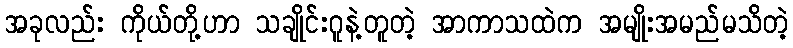
အခုလည်း ကိုယ်တို့ဟာ သချိုင်းဂူနဲ့တူတဲ့ အာကာသထဲက အမျိုးအမည်မသိတဲ့